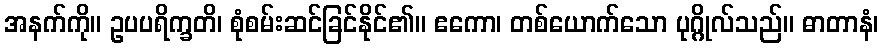
အနက်ကို။ ဥပပရိက္ခတိ၊ စုံစမ်းဆင်ခြင်နိုင်၏။ ဧကော၊ တစ်ယောက်သော ပုဂ္ဂိုလ်သည်။ ဓာတာနံ၊